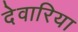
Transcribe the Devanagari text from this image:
देवारिया